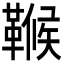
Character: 𩌖